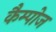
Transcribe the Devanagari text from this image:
कैम्पोज